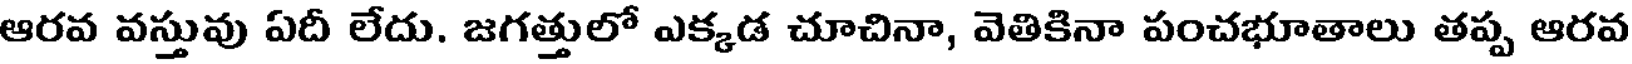
ఆరవ వస్తువు ఏదీ లేదు. జగత్తులో ఎక్కడ చూచినా, వెతికినా పంచభూతాలు తప్ప ఆరవ